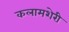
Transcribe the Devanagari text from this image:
कलामशेरी